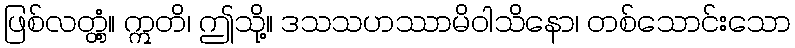
ဖြစ်လတ္တံ့။ ဣတိ၊ ဤသို့။ ဒသသဟဿာမိဝါသိနော၊ တစ်သောင်းသော